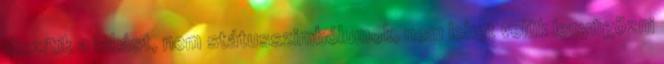
diszítik a lakást, nem státusszimbólumok, nem lehet velük lenyűgözni